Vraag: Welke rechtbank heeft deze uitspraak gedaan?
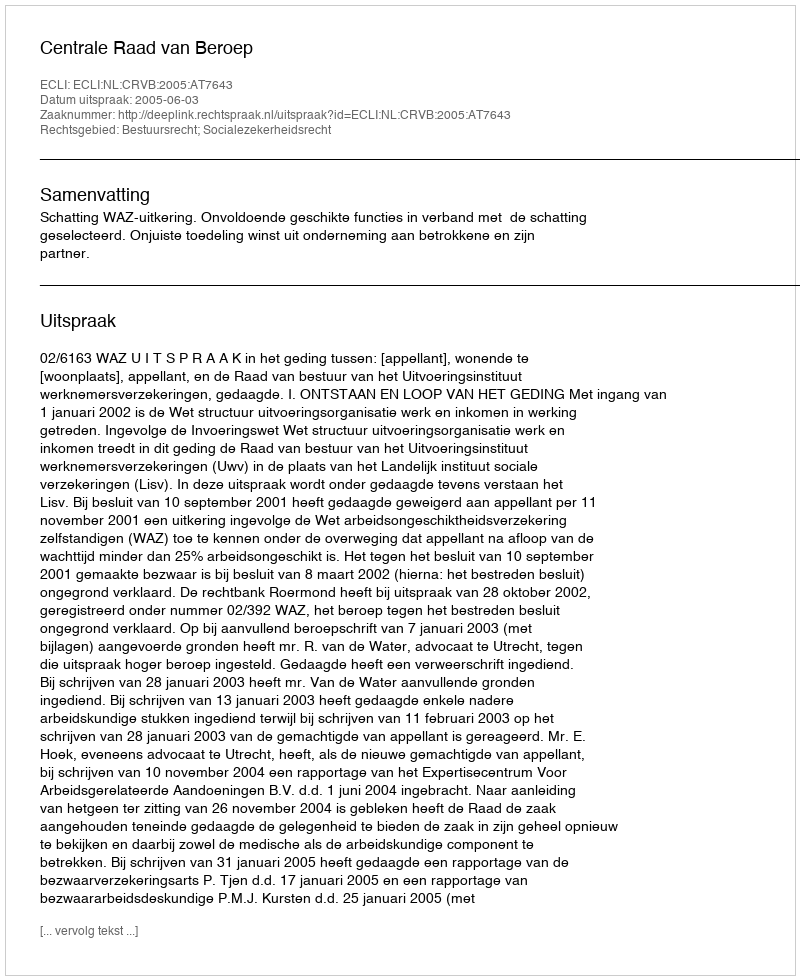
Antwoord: Centrale Raad van Beroep